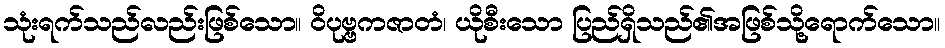
သုံးရက်သည်လည်းဖြစ်သော။ ဝိပုဗ္ဗကဇာတံ၊ ယိုစီးသော ပြည်ရှိသည်၏အဖြစ်သို့ရောက်သော။